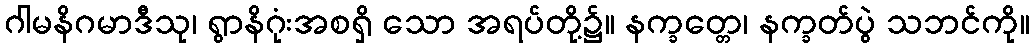
ဂါမနိဂမာဒီသု၊ ရွာနိဂုံးအစရှိ သော အရပ်တို့၌။ နက္ခတ္တေ၊ နက္ခတ်ပွဲ သဘင်ကို။